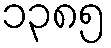
၁၃၈၅